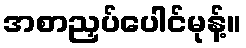
အစာညှပ်ပေါင်မုန့်။